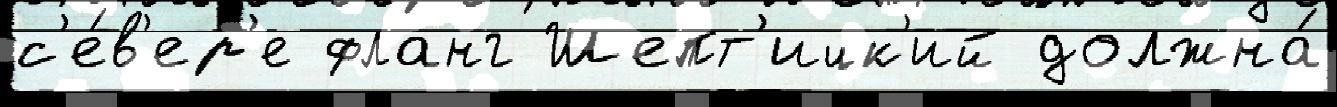
с'е́в'ер'е фланг Шепт'ицк'ий должна́